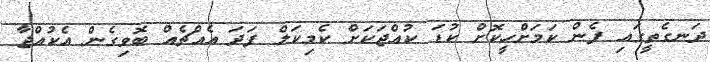
ދަނގެތީގައި ފެން ކަމަށްހީކޮށް ކުޑަ ކުއްޖަކަށް ކެމިކަލް ފަދަ އެއްޗެއް ބޮވިގެން އެކުއްޖާ